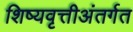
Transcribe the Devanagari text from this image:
शिष्यवृत्तीअंतर्गत